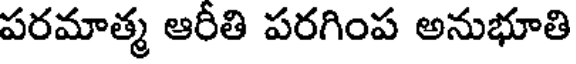
పరమాత్మ ఆరీతి పరగింప అనుభూతి